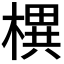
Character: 𣚣